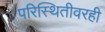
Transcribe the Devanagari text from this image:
परिस्थितीवरही